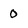
Character: 0